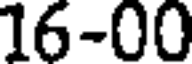
16-00